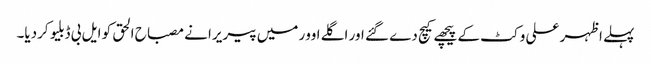
پہلے اظہر علی وکٹ کے پیچھے کیچ دے گئے اور اگلے اوور میں پیریرا نے مصباح الحق کو ایل بی ڈبلیو کردیا۔